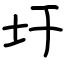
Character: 圩